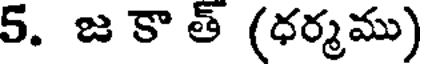
5. జ కా త్ (ధర్మము)